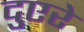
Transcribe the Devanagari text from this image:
दुएरे